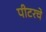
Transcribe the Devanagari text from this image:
पीटरचे